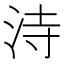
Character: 洔